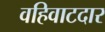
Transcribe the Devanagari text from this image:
वहिवाटदार